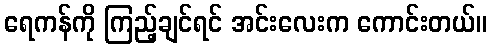
ရေကန်ကို ကြည့်ချင်ရင် အင်းလေးက ကောင်းတယ်။